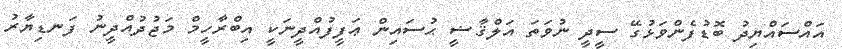
އައްސައްޔިދު ބޮޑުފެންވަޅުގޭ ސީދީ ނުވަތަ އަލްޤާޟީ ޙުސައިން ޢަފީފުއްދީނަކީ އިބްރާހީމް މަޖުދުއްދީނު ފަނޑިޔާރު